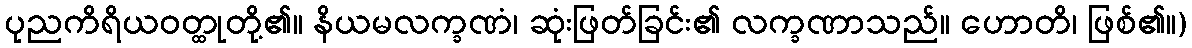
ပုညကိရိယဝတ္ထုတို့၏။ နိယမလက္ခဏံ၊ ဆုံးဖြတ်ခြင်း၏ လက္ခဏာသည်။ ဟောတိ၊ ဖြစ်၏။)